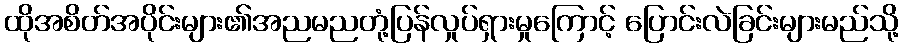
ထိုအစိတ်အပိုင်းများ၏အညမညတုံ့ပြန်လှုပ်ရှားမှုကြောင့် ပြောင်းလဲခြင်းများမည်သို့